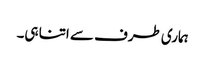
ہماری طرف سے اتنا ہی۔